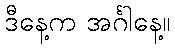
ဒီနေ့က အင်္ဂါနေ့။